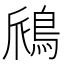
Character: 𫚺